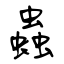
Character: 蟲